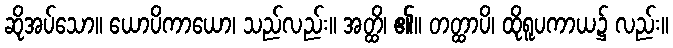
ဆိုအပ်သော။ ယောပိကာယော၊ သည်လည်း။ အတ္ထိ၊ ၏။ တတ္ထာပိ၊ ထိုရူပကာယ၌ လည်း။